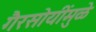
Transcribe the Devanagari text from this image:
गैरसोयींमुळे